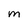
Character: M